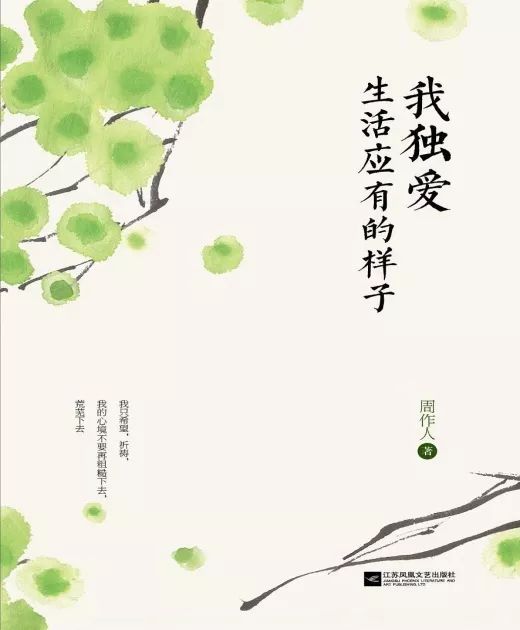
金鞍玉勒寻芳客，未信我庐别有春。